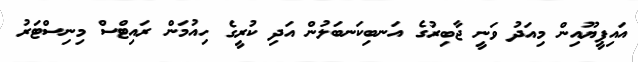
އައިޕީޔޫއިން މިއަދު ވަނީ ޖާބިރުގެ އަނބިކަނބަލުން އަދި ކުރީގެ ހިއުމަން ރައިޓްސް މިނިސްޓަރު